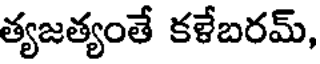
త్యజత్యంతే కళేబరమ్,